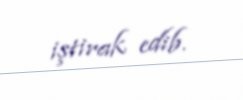
iştirak edib.